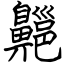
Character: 齆